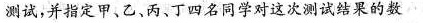
测试，并指定甲、乙、丙、丁四名同学对这次测试结果的数